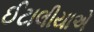
ઈટાલીયાએ